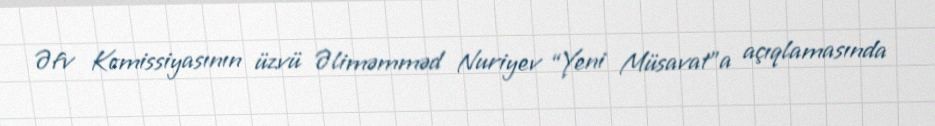
Əfv Komissiyasının üzvü Əliməmməd Nuriyev “Yeni Müsavat”a açıqlamasında